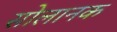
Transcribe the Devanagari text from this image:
सोलानक